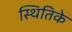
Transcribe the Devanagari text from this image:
स्थितिके